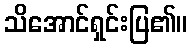
သိအောင်ရှင်းပြ၏။